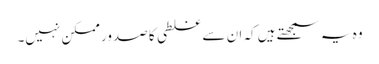
وہ یہ سمجھتے ہیں کہ ان سے غلطی کا صدور ممکن نہیں۔